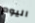
اليوم